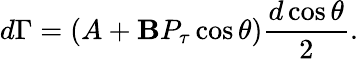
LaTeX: d\Gamma=(A+\mathbf{B}P_{\tau}\cos\theta)\frac{{d\cos\theta}}{{2}}.